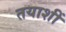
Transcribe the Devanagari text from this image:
तयाशीं